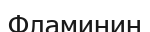
Фламинин